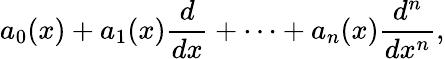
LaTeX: a_{0}(x)+a_{1}(x){\frac{d}{dx}}+\cdots+a_{n}(x){\frac{d^{n}}{dx^{n}}},